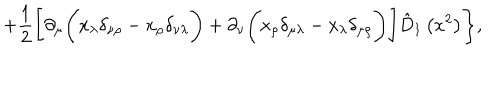
+ \frac 1 2 \Biggl [ \partial _ { \mu } \Biggl ( x _ { \lambda } \delta _ { \nu \rho } - x _ { \rho } \delta _ { \nu \lambda } \Biggr ) + \partial _ { \nu } \Biggl ( x _ { \rho } \delta _ { \mu \lambda } - x _ { \lambda } \delta _ { \mu \rho } \Biggr ) \Biggr ] \hat { D } _ { 1 } \left( x ^ { 2 } \right) \Biggr \} ,